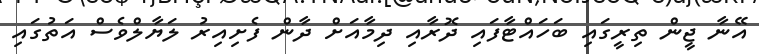
އޭނާ ޖީން ތިރީގައި ބަހައްޓާފައި ދޮރާއި ދިމާއަށް ދާން ފެށިއިރު ލަޔާލްވެސް އަތުގައި